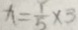
x = \frac { 1 } { 5 } \times 3